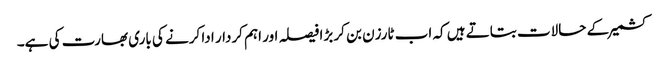
کشمیرکے حالات بتاتے ہیں کہ اب ٹارزن بن کر بڑا فیصلہ اور اہم کردار ادا کرنے کی باری بھارت کی ہے۔